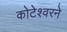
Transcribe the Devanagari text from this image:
कोटेश्वरने